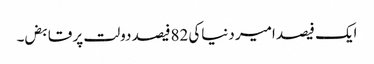
ایک فیصد امیر دنیاکی 82فیصد دولت پر قابض۔